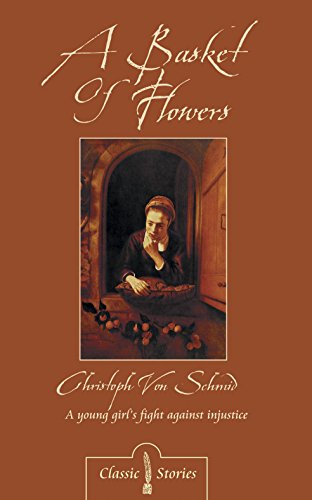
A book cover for A Basket of Flowers (Classic Stories); Christoph Von Schmid; Christian Books & Bibles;